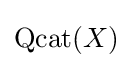
\operatorname {Qcat} (X)